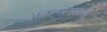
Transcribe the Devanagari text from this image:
वेल्लिल्प्परवकल्